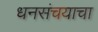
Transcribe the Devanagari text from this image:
धनसंचयाचा